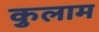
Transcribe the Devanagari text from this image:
कुलाम